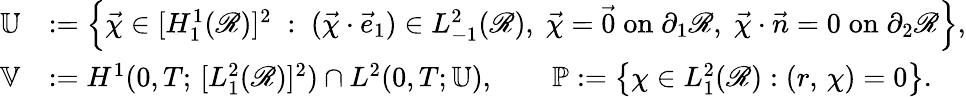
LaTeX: \begin{array}{rl}{\mathbb{U}}&{:=\Bigl\{ \vec{\chi}\in[H_{1}^{1}(\mathscr{R})]^{2}\; :\; (\vec{\chi}\cdot\vec{e}_{1})\in L_{-1}^{2}(\mathscr{R}),\; \vec{\chi}=\vec{0}\; \mathrm{on}\; \partial_{1}\mathscr{R},\; \vec{\chi}\cdot\vec{n}=0\; \mathrm{on}\; \partial_{2}\mathscr{R}\Bigr\} ,}\\ {\mathbb{V}}&{:=H^{1}(0,T;\, [L_{1}^{2}(\mathscr{R})]^{2})\cap L^{2}(0,T;\mathbb{U}),\qquad{\mathbb{P}}:=\bigl\{ \chi\in L_{1}^{2}(\mathscr{R}):(r,\, \chi)=0\bigr\} .}\end{array}